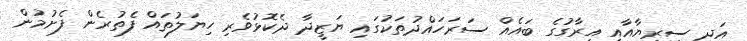
އަދި ސީރިޔާއާއި އިރާގުގެ ބައެއް ސަރަހައްދުތަކުގައި ޔަޒީދާ ދެކޮޅުވެރި ހިޔަލުތައް ފެތުރެން ފެށުމުން